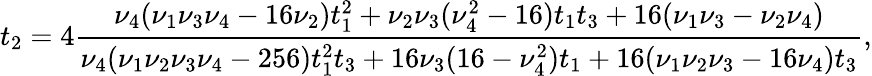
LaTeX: t_{2}=4\frac{\nu_{4}(\nu_{1}\nu_{3}\nu_{4}-16\nu_{2})t_{1}^{2}+\nu_{2}\nu_{3}(\nu_{4}^{2}-16)t_{1}t_{3}+16(\nu_{1}\nu_{3}-\nu_{2}\nu_{4})}{\nu_{4}(\nu_{1}\nu_{2}\nu_{3}\nu_{4}-256)t_{1}^{2}t_{3}+16\nu_{3}(16-\nu_{4}^{2})t_{1}+16(\nu_{1}\nu_{2}\nu_{3}-16\nu_{4})t_{3}},